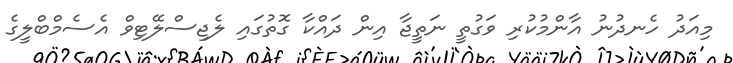
މިއަދު ހެނދުނު އާންމުކުރި ވަގުތީ ނަތީޖާ އިން ދައްކާ ގޮތުގައި ލެޖިސްލޭޓިވް އެސެމްބްލީގެ